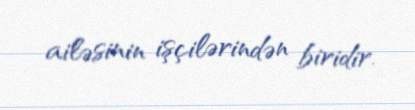
ailəsinin işçilərindən biridir.